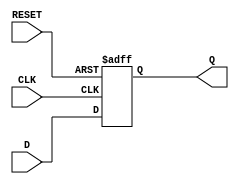
module d_flip_flop(
    input D,
    input CLK,
    input RESET,
    output reg Q
);

always @ (posedge CLK or posedge RESET)
begin
    if(RESET)
        Q <= 1'b0; // asynchronously reset to 0
    else
        Q <= D; // store input data on rising edge of clock
end

endmodule